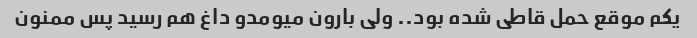
یکم موقع حمل قاطی شده بود.. ولی بارون میومدو داغ هم رسید پس ممنون